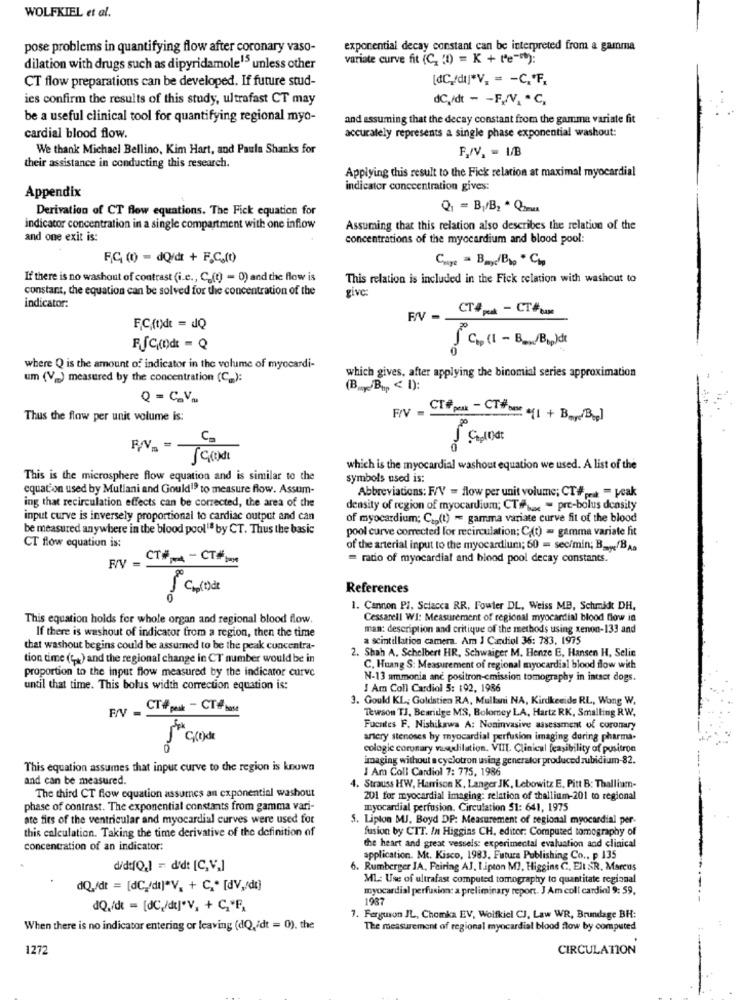
WOLFKIEL et al.
pose problems in quantifying flow after coronary vaso-
exponential decay constant can be interpreted from a gamma
variate curve fit (C. (I) = K + te-):
dilation with drugs such as dipyridamole15 unless other
CT flow preparations can be developed. If future stud-
[@C,/dı]*V, = - C .* F.
ies confirm the results of this study, ultrafast CT may
dC,/dt - - F./V, * C,
be a useful clinical tool for quantifying regional myo-
and assuming that the decay constant from the gamma variate fit
accurately represents a single phase exponential washout:
cardial blood flow.
We thank Michael Bellino, Kim Hart, and Paula Shanks for
their assistance in conducting this research.
Applying this result to the Fick relacion at maximal myocardial
indicator conccentration gives:
Appendix
Derivation of CT flow equations. The Fick equation for
indicator concentration in a single compartment with one inflow
Assuming that this relation also describes the relation of the
and one exit is:
concentrations of the myocardium and blood pool:
FC (0) - dQ/dt + F.C.(t)
Clage = Bay/Bb, "Ch
If there is no washout of contrast (i.e ., C_(t) = 0) and the flow is
This relation is included in the Fick relation with washout to
constant, the equation can be solved for the concentration of the
give:
indicator:
CT#pat - CT#baMe
F,C,(t) = dQ
J C ., (I - B_ _ Bhp)dt
where Q is the amount of indicator in the volume of myocardi-
um (V_) measured by the concentration (C_):
which gives, after applying the binomial series approximation
(BuyBuy < 1):
Q = C_V.
F/V - CT peux - CT# base
Thus the flow per unit volume is:
0
which is the myocardial washout equation we used. A list of the
This is the microsphere flow equation and is similar to the
symbols used is:
equation used by Mullani and Gould1 to measure flow. Assum-
Abbreviations: F/V = flow per unit volume; CT#peut - peak
ing that recirculation effects can be corrected, the area of the
density of region of myocardium; CTibe > pre-bolus density
input curve is inversely proportional to cardiac output and can
of myocardium; Cap(t) - gamma variate curve fit of the blood
be measured anywhere in the blood pool" by CT. Thus the basic
pool curve corrected for recirculation; C.(t) = gamma variate fit
CT flow equation is:
of the arterial input to the myocardium; 60 - sec/min; Ba/BA.
CT# - CT#-
= radio of myocardial and blood pool decay constants.
R/V =
References
1. Cannon PI, Sciacca RR, Fowler DL, Weiss MB, Schmidt DH,
This equation holds for whole organ and regional blood flow.
Cessarell WI: Measurement of regional myocardial blood flow in
man: description and critique of the methods using xenon-133 and
If there is washout of indicator from a region, then the time
a scintillation camera. Am J Cardiol 36: 783, 1975
that washout begins could be assumed to be the peak cuncentra-
2. Shah A. Schelbert HR, Schwaiger M. Henze E. Hansen H, Selie
tion time (t+) and the regional change in CT number would be in
proportion to the input flow measured by the indicator curve
C. Huang S: Measurement of regional myocardial blood flow with
N-13 ammonia anć positron-emission tomography in intact dogs.
until that time. This bolus width correction equation is:
! Am Coll Cardiol 5: 192, 1986
3. Gould KL, Goldstien RA, Mullani NA, Kindkeeide RL, Wang W.
_ CT#peut - CT# host
Tewson TJ, Bearidge MS, Bolomey LA, Hartz RK, Smalling RW,
Fuentes F. Nishikawa A: Noninvasive assessment of coromur
artery stenoses by myocardial perfusion imaging during pharma-
cologic coronary wasydilation. VIII. Clinical feasibility of pusitron
imaging without a cyclotron using generator produced rubidium-82.
This equation assumes that input curve to the region is known
I Am Coll Cardiol 7: 775, 1986
and can be measured.
The third CT flow equation assumes an exponential washout
4. Strauss HW, Harrison K, Langer JK, Lebowitz E. Pitt B: Thallium-
201 for myocardial imaging: relation of thallium-201 to regional
phase of contrast. The exponential constants from gamma vari-
myocardial perfusion. Circulation 51: 641, 1975
ate fits of the ventricular and myocardial curves were used for
S. Lipton MJ. Boyd DP: Measurement of regional myocardial per-
this calculation. Taking the time derivative of the definition of
fusion by CTT. In Higgins CH, editor: Computed tomography of
concentration of an indicator:
the heart and great vessels: experimental evaluation and clinical
application. Mt. Kisco, 1983. Futura Publishing Co ., p 135
did:[Q.] = d'd: [C,V,]
6. Rumberger JA, Feiring AJ. 1.ipton MI, Higgins C, Elt &R. Marcus
ML: Use of ultrafast computed tomography to quantitate regional
dQ./dt = [dC /di]"V, + C ,* [dV,/dt)
myocardial perfusion: a preliminary report. J Am coll cardial 9: 59,
1987
dQ./dt = [dC,/di]"V, + C,"F,
7. Ferguson JL, Chomka EV, Wolfkiel CJ, Law WR, Brundage BH:
When there is no indicator entering or leaving (dQ,/dt = 0), the
The measurement of regional myocardial blood flow by computed
1272
CIRCULATION